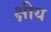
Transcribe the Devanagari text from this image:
क्षीय